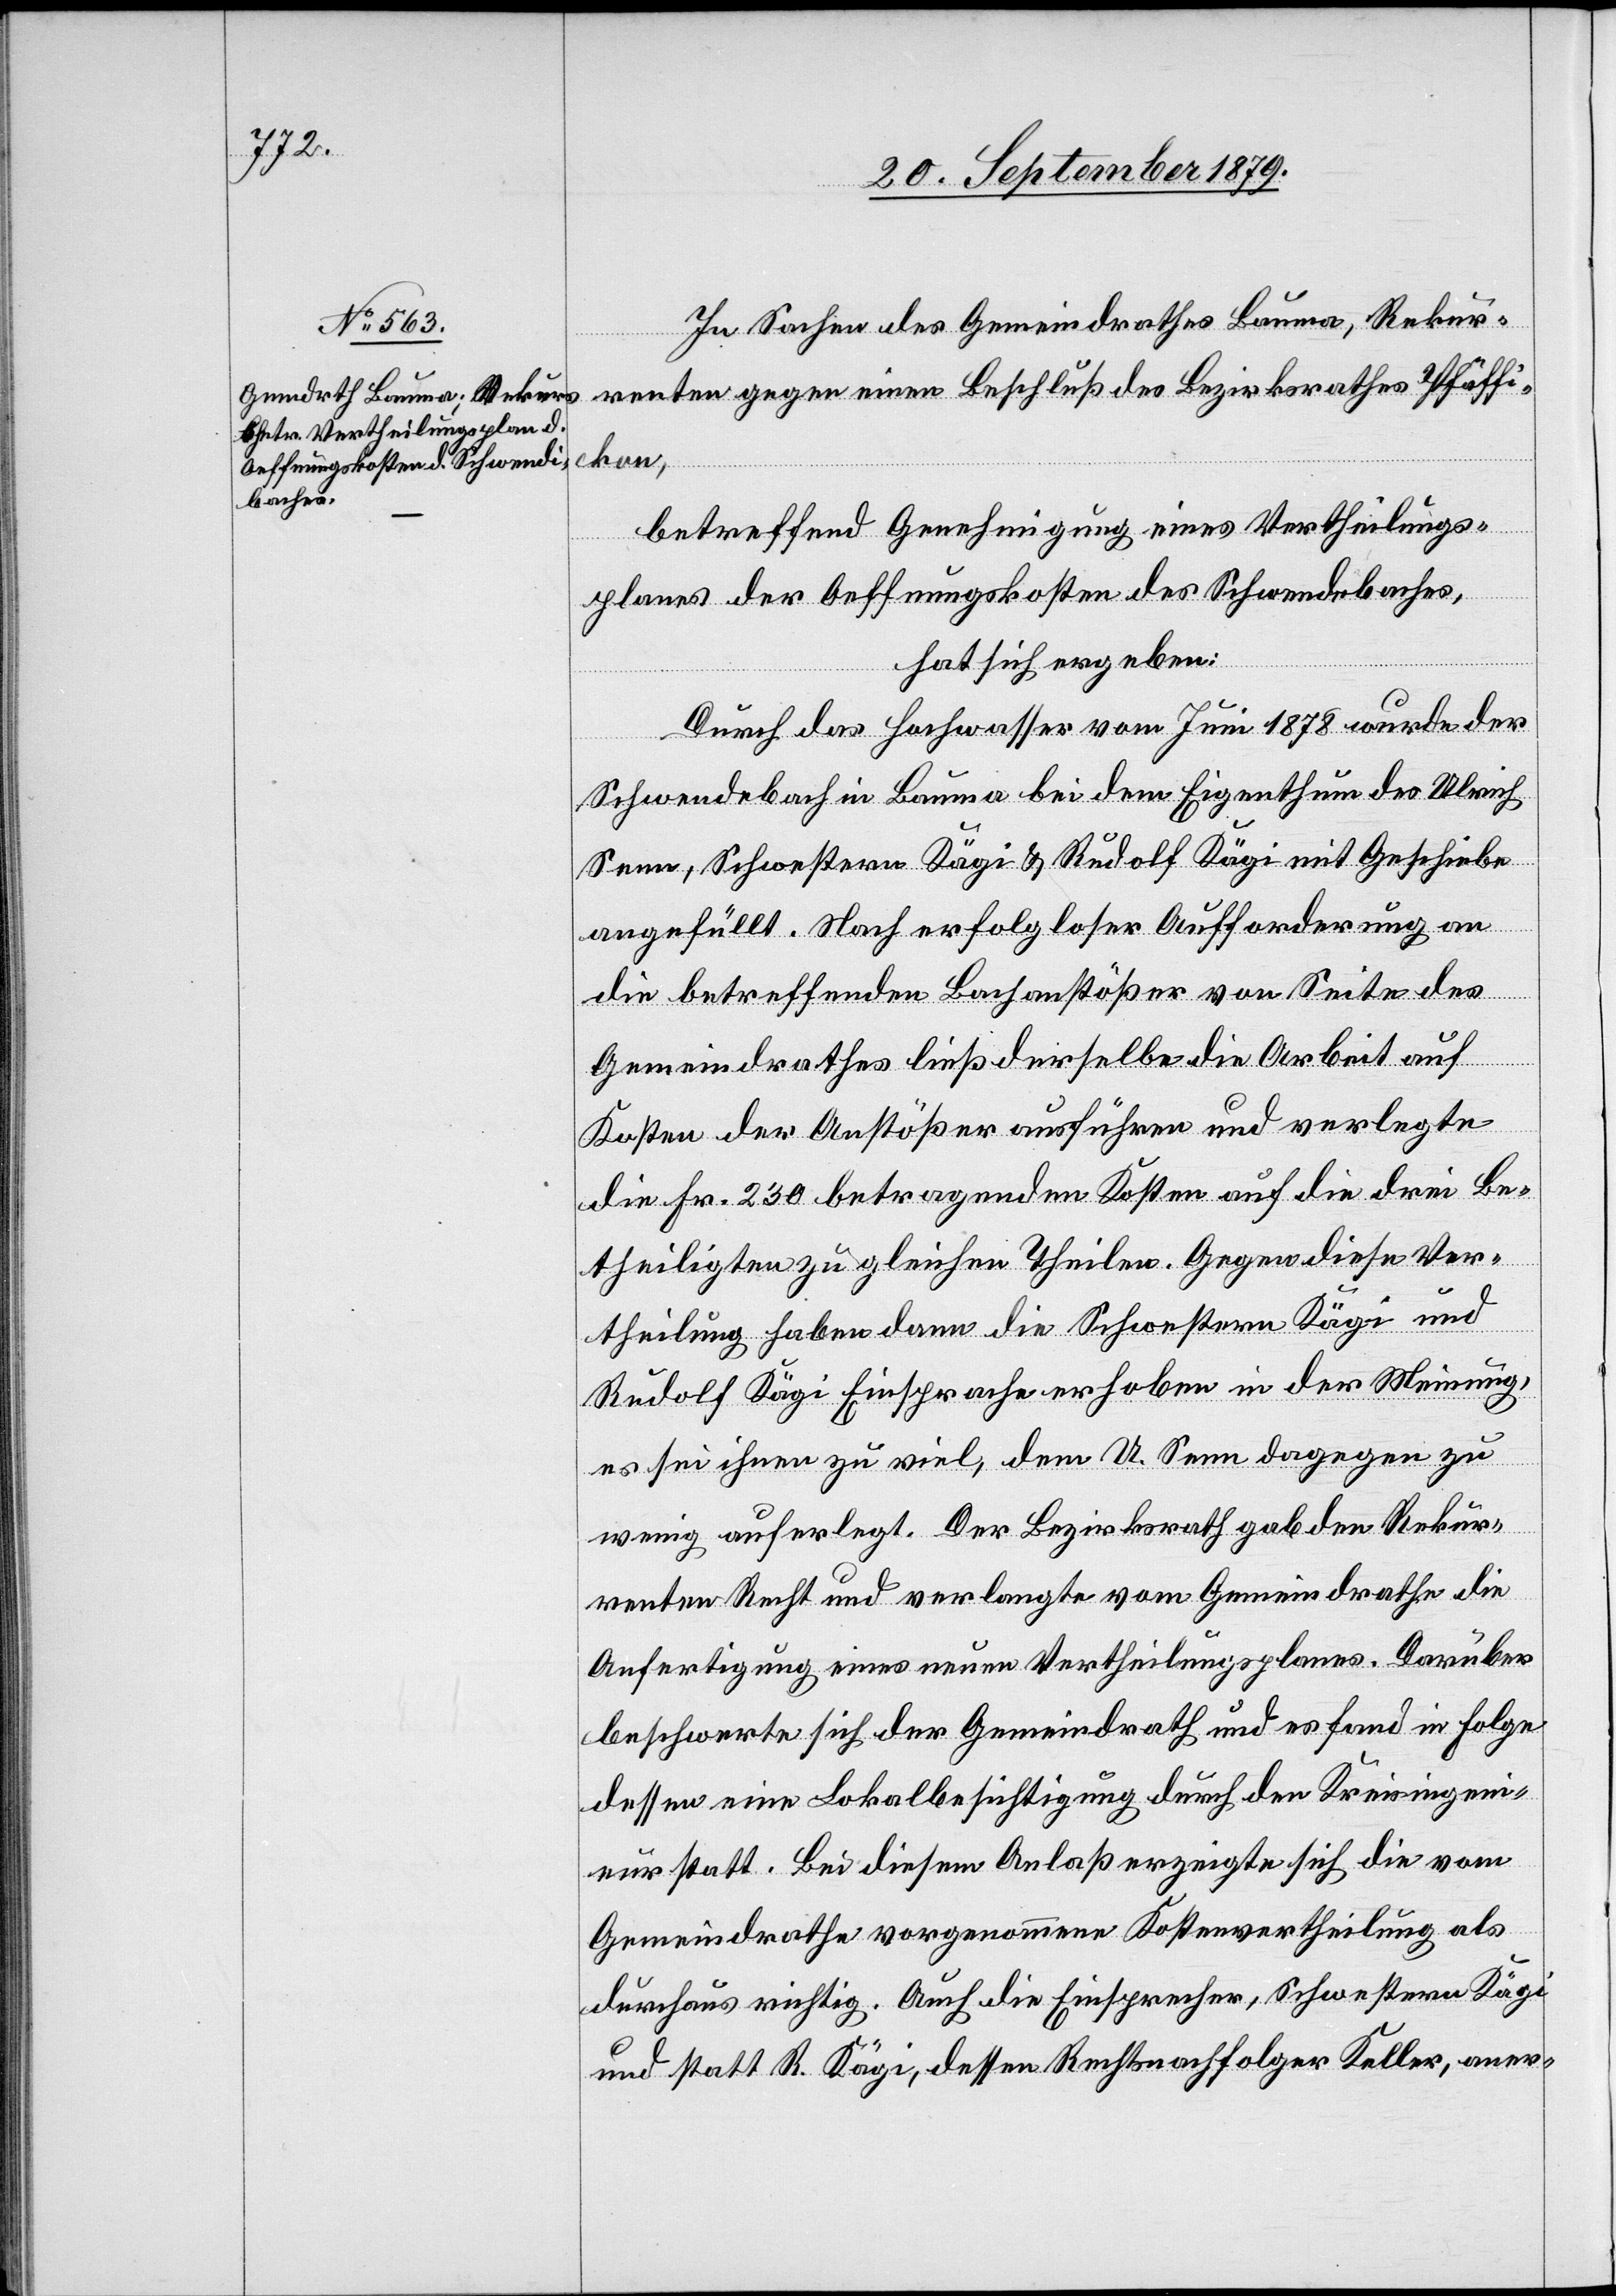
In Sachen des Gemeindrathes Bauma, Rekur¬
renten gegen einen Beschluß des Bezirksrath Pfäffi¬
kon,
betreffend Genehmigung eines Vertheilungs¬
planes der Oeffnungskosten des Schwendebaches
hat sich ergeben:
Durch das Hochwasser vom Juni 1878 wurde der
Schwendebach in Bauma bei dem Eigenthum des Ulrich
Senn, Schwestern Kägi & Rudolf Kägi mit Geschiebe
angefüllt. Nach erfolgloser Aufforderung an
die betreffenden Bachanstößer von Seite des
Gemeindrathes ließ derselbe die Arbeit auf
Kosten der Anstößer ausführen und verlegte
die Fr. 230 betragenden Kosten auf die drei Be¬
theiligten zu gleichen Theilen. Gegen diese Ver¬
theilung haben dann die Schwestern Kägi und
Rudolf Kägi Einsprache erhoben in der Meinung,
es sei ihnen zu viel, dem U. Senn dagegen zu
wenig auferlegt. Der Bezirksrath gab den Rekur¬
renten Recht und verlangte vom Gemeindrathe die
Anfertigung eines neuen Vertheilungsplanes. Darüber
beschwerte sich der Gemeindrath und es fand in Folge
dessen eine Lokalbesichtigung durch den Kreisingeni¬
eur statt. Bei diesem Anlaß erzeigte sich die vom
Gemeindrathe vorgenommene Kostenvertheilung als
durchaus richtig. Auch die Einsprecher, Schwestern Kägi
und statt R. Kägi, dessen Rechtsnachfolger Keller, aner-